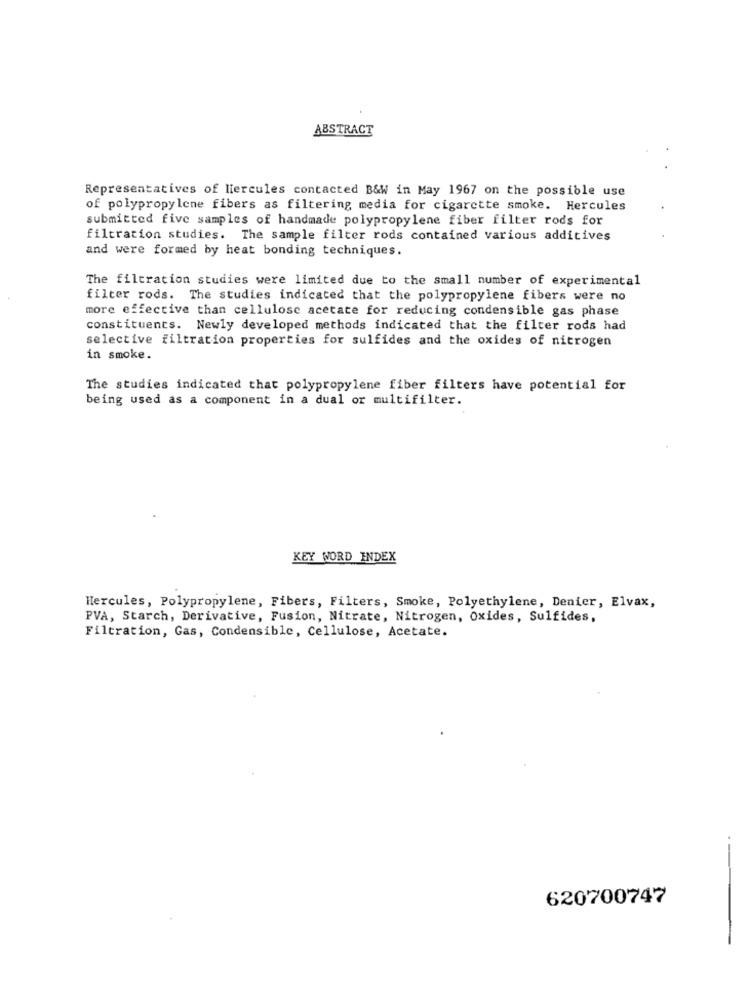
ABSTRACT
Representatives of Hercules contacted B&W in May 1967 on the possible use
of polypropylene fibers as filtering media for cigarette smoke. Hercules
submitted five samples of handmade polypropylene fiber filter rods for
filtration studies. The sample filter rods contained various additives
and were formed by heat bonding techniques.
The filtration studies were limited due to the small number of experimental
filter rods. The studies indicated that the polypropylene fibers were no
more effective than cellulose acetate for reducing condensible gas phase
constituents. Newly developed methods indicated that the filter rods had
selective filtration properties for sulfides and the oxides of nitrogen
in smoke.
The studies indicated that polypropylene fiber filters have potential for
being used as a component in a dual or multifilter.
KEY WORD INDEX
Hercules, Polypropylene, Fibers, Filters, Smoke, Polyethylene, Denier, Elvax,
PVA, Starch, Derivative, Fusion, Nitrate, Nitrogen, Oxides, Sulfides,
Filtration, Gas, Condensible, Cellulose, Acetate.
620700747